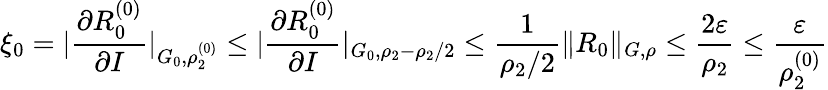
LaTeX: \xi_{0}=|\frac{\partial R_{0}^{(0)}}{\partial I}|_{G_{0},\rho_{2}^{(0)}}\leq|\frac{\partial R_{0}^{(0)}}{\partial I}|_{G_{0},\rho_{2}-\rho_{2}/2}\leq\frac{1}{\rho_{2}/2}\| R_{0}\| _{G,\rho}\leq\frac{2\varepsilon}{\rho_{2}}\leq\frac{\varepsilon}{\rho_{2}^{(0)}}